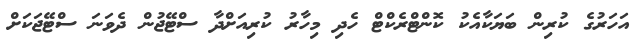
އަހަރުގެ ކުރިން ބަޔަކާއެކު ކޮންޓްރެކްޓް ހެދި މިހާރު ކުރިއަށްދާ ސްޓޭޖުން ދެވަނަ ސްޓޭޖަކަށް